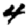
Digit: 4